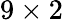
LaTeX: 9\times 2